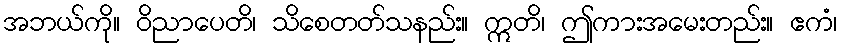
အဘယ်ကို။ ဝိညာပေတိ၊ သိစေတတ်သနည်း။ ဣတိ၊ ဤကားအမေးတည်း။ ဧကံ၊